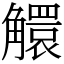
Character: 䚪